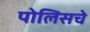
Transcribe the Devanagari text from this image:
पोलिसचे